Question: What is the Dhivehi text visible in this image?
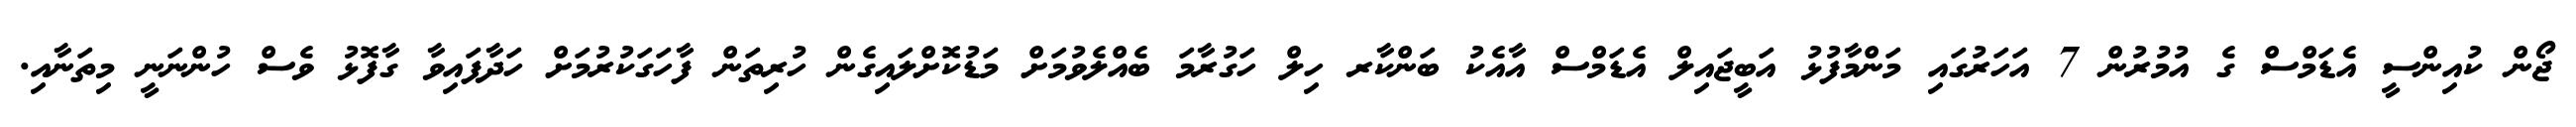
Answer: ޖޯން ކުއިންސީ އެޑަމްސް ގެ އުމުރުން 7 އަހަރުގައި މަންމާފުޅު އަބީޖައިލް އެޑަމްސް އާއެކު ބަންކާރ ހިލް ހަގުރާމަ ބެއްލެވުމަށް މަޑުކޮށްލައިގެން ހުރިތަން ފާހަގަކުރުމަށް ހަދާފައިވާ ގާފޮޅު ވެސް ހުންނަނީ މިތަނާއި.